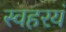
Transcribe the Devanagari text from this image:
स्वहरयं